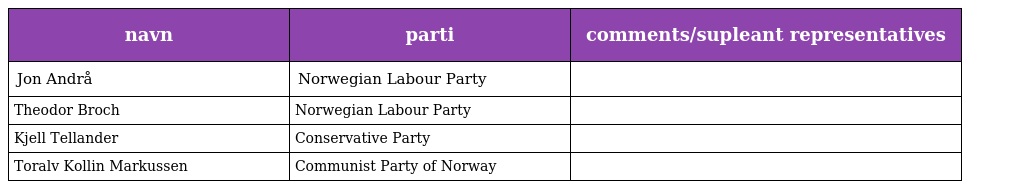
| navn | parti | comments/supleant representatives |
 | --- | --- | --- |
 | Jon Andrå | Norwegian Labour Party |  |
 | Theodor Broch | Norwegian Labour Party |  |
 | Kjell Tellander | Conservative Party |  |
 | Toralv Kollin Markussen | Communist Party of Norway |  |